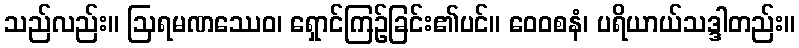
သည်လည်း။ ဩရမဏဿေဝ၊ ရှောင်ကြဉ်ခြင်း၏ပင်။ ဝေဝစနံ၊ ပရိယာယ်သဒ္ဒါတည်း။